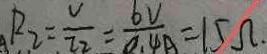
R _ { 2 } = \frac { U } { I _ { 2 } } = \frac { 6 V } { 0 . 4 A } = 1 5 \Omega .